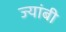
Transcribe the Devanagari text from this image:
ज्यांबी